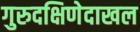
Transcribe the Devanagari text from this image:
गुरुदक्षिणेदाखल